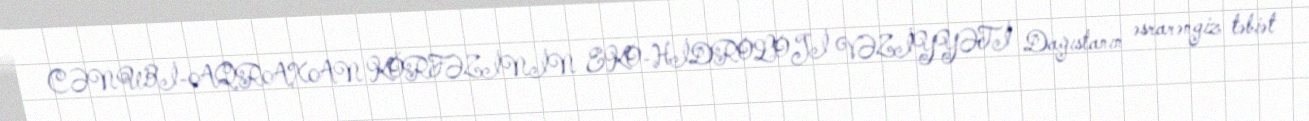
CƏNUBİ-AQRAXAN KÖRFƏZİNİN EKO-HİDROLOJİ VƏZİYYƏTİ Dağıstanın əsrarəngiz təbiət